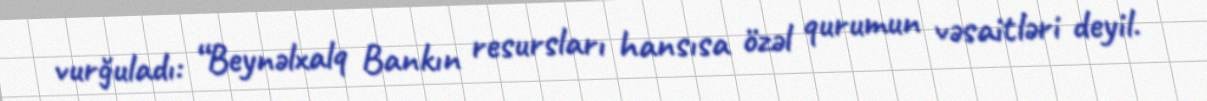
vurğuladı: “Beynəlxalq Bankın resursları hansısa özəl qurumun vəsaitləri deyil.